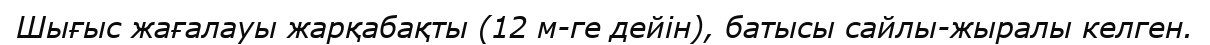
Шығыс жағалауы жарқабақты (12 м-ге дейін), батысы сайлы-жыралы келген.